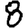
Digit: 8